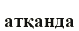
атқанда